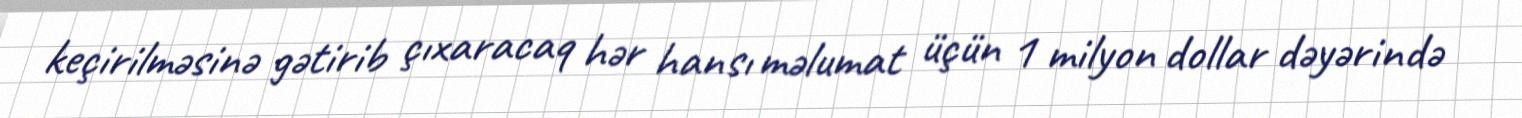
keçirilməsinə gətirib çıxaracaq hər hansı məlumat üçün 1 milyon dollar dəyərində